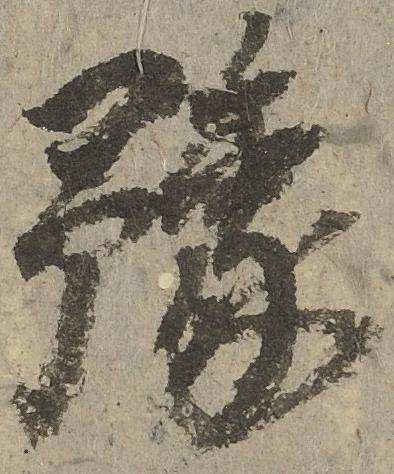
予